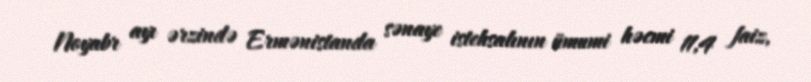
Noyabr ayı ərzində Ermənistanda sənaye istehsalının ümumi həcmi 11,4 faiz,